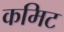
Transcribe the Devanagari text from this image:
कमिट